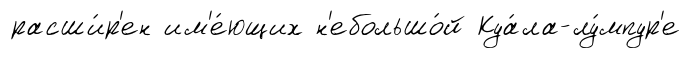
расши́р'ен им'е́ющих н'ебольшо́й Куа́ла-лу́мпур'е